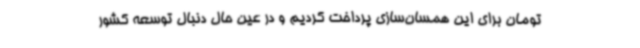
تومان برای این همسان‌سازی پرداخت کردیم و در عین حال دنبال توسعه کشور